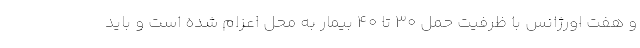
و هفت اورژانس با ظرفیت حمل ۳۰ تا ۴۰ بیمار به محل اعزام شده است و باید